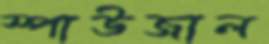
স্পাউজাল